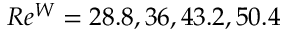
R e ^ { W } = 2 8 . 8 , 3 6 , 4 3 . 2 , 5 0 . 4